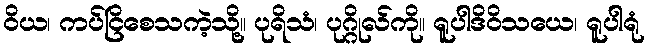
ဝိယ၊ ကပ်ငြိစေသကဲ့သို့။ ပုရိသံ၊ ပုဂ္ဂိုလ်ကို။ ရူပါဒိဝိသယေ၊ ရူပါရုံ